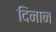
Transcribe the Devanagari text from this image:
दिनान